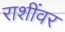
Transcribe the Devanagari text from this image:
राशींवर